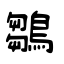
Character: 鶵